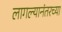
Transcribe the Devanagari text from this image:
लागल्यानंतरच्या